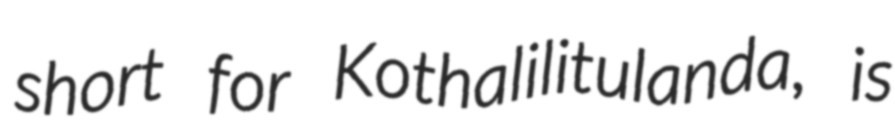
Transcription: short for Kothalilitulanda, is